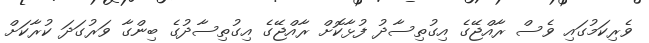
ވެރިކަމުގައި ވެސް ރާއްޖޭގެ އިގުތިސާދު ފުޅާކޮށް ރާއްޖޭގެ އިގުތިސާދުގެ ބިންގާ ވަރުގަދަ ކުރާކަށް